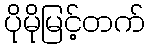
ပိုမိုမြင့်တက်